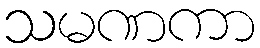
သမဏကာ